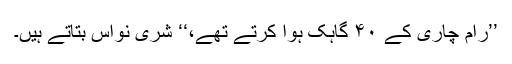
’’رام چاری کے ۴۰ گاہک ہوا کرتے تھے،‘‘ شری نواس بتاتے ہیں۔